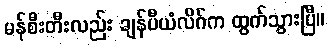
မန်စီးတီးလည်း ချန်ပီယံလိဂ်က ထွက်သွားပြီ။